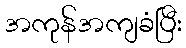
အကုန်အကျခံပြီး